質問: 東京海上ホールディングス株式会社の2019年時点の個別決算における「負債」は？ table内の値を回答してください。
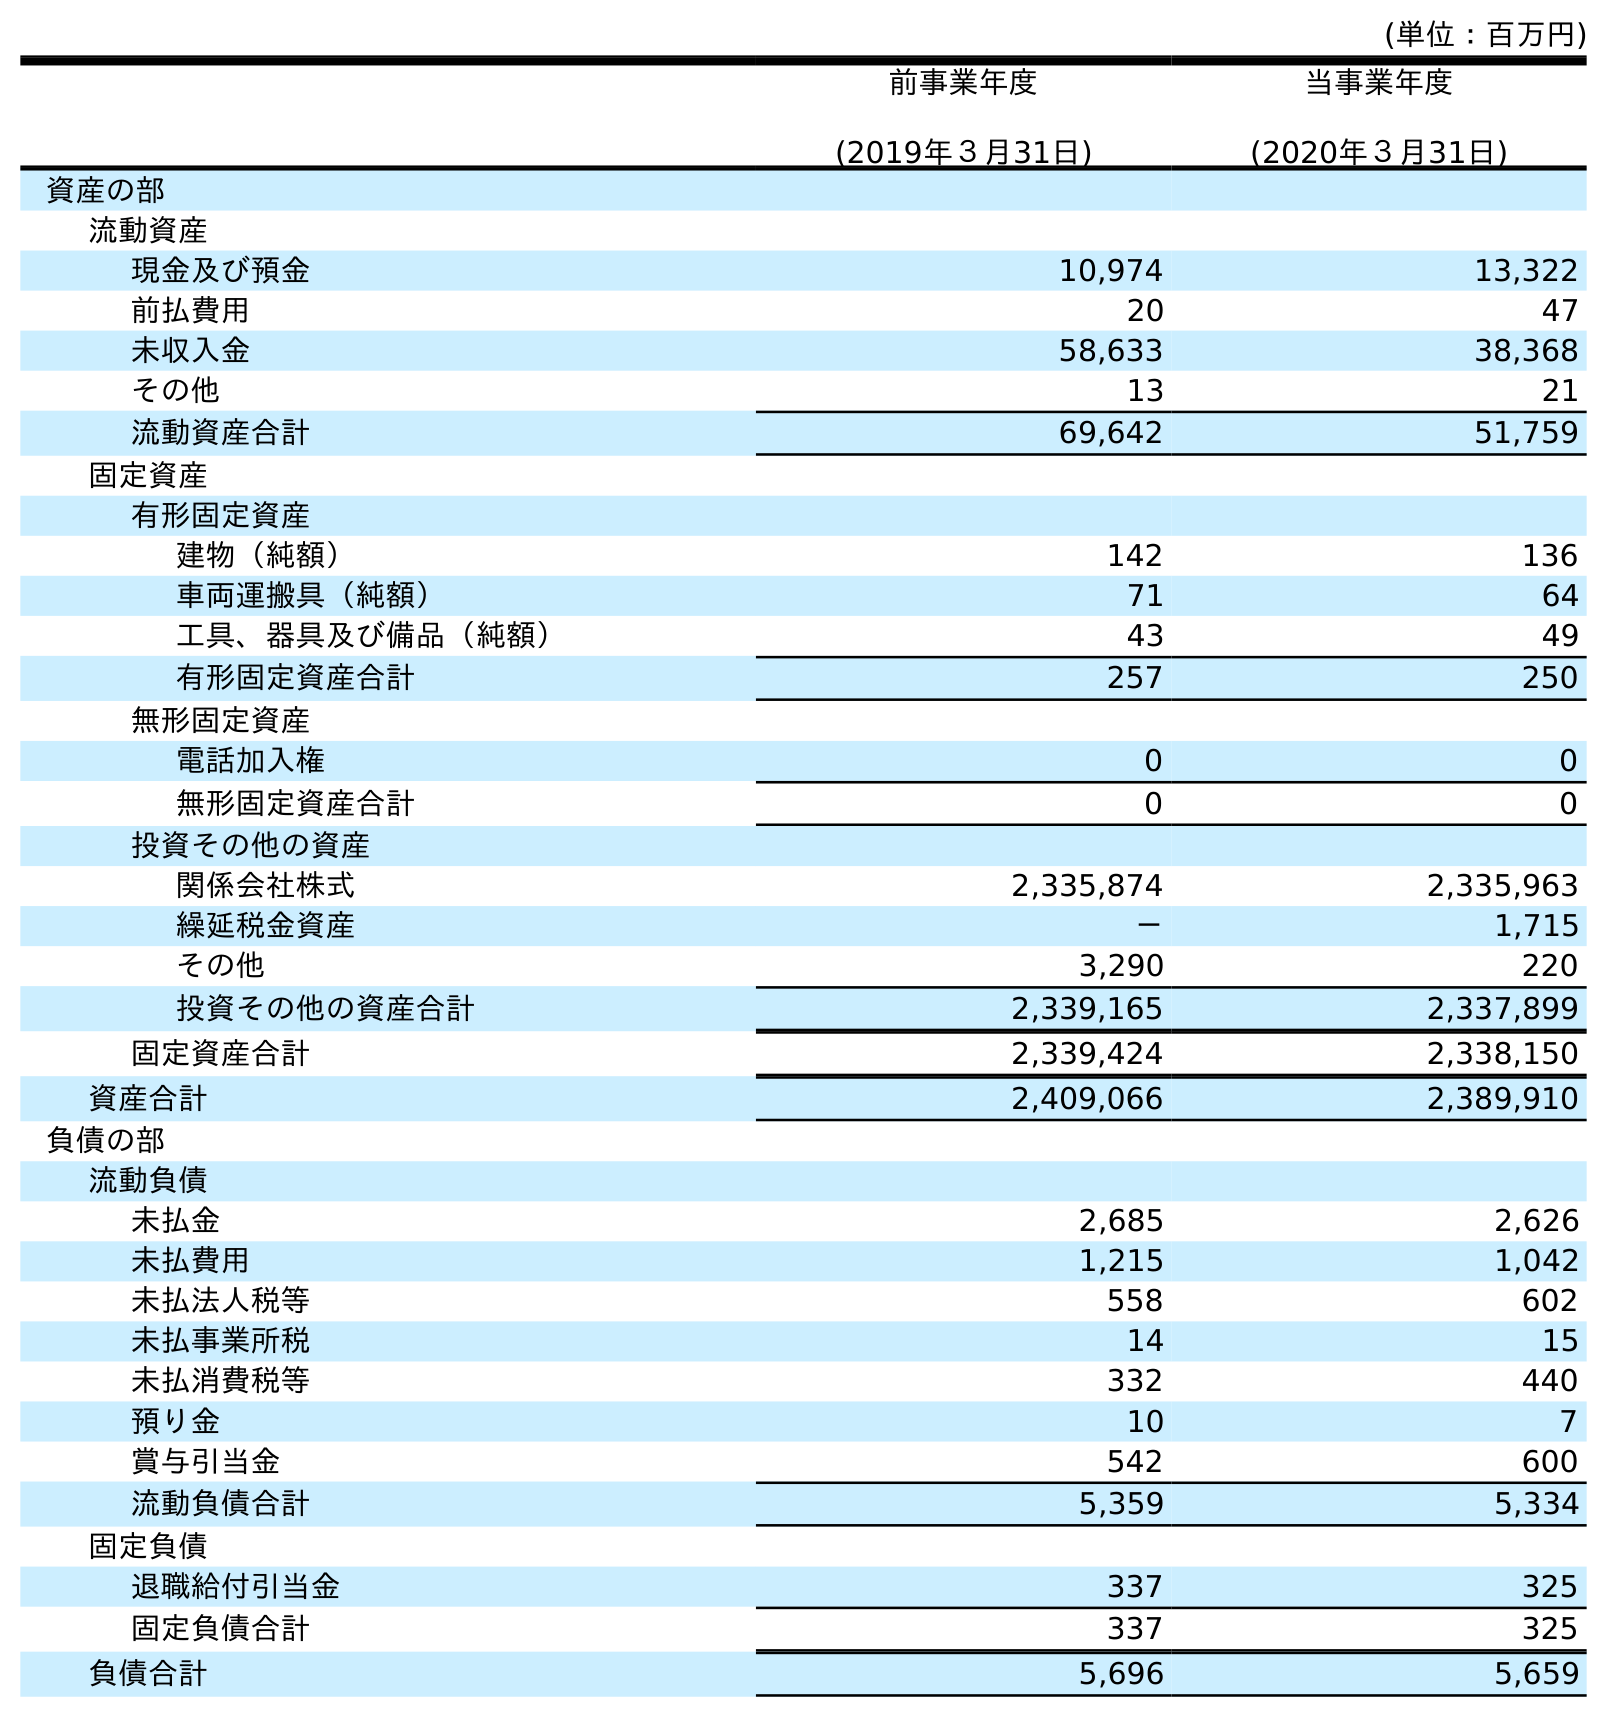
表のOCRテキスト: (単位：百万円) 前事業年度 (2019年３月31日) 当事業年度 (2020年３月31日) 資産の部 流動資産 現金及び預金 10,974 13,322 前払費用 20 47 未収入金 58,633 38,368 その他 13 21 流動資産合計 69,642 51,759 固定資産 有形固定資産 建物（純額） 142 136 車両運搬具（純額） 71 64 工具、器具及び備品（純額） 43 49 有形固定資産合計 257 250 無形固定資産 電話加入権 0 0 無形固定資産合計 0 0 投資その他の資産 関係会社株式 2,335,874 2,335,963 繰延税金資産 － 1,715 その他 3,290 220 投資その他の資産合計 2,339,165 2,337,899 固定資産合計 2,339,424 2,338,150 資産合計 2,409,066 2,389,910 負債の部 流動負債 未払金 2,685 2,626 未払費用 1,215 1,042 未払法人税等 558 602 未払事業所税 14 15 未払消費税等 332 440 預り金 10 7 賞与引当金 542 600 流動負債合計 5,359 5,334 固定負債 退職給付引当金 337 325 固定負債合計 337 325 負債合計 5,696 5,659
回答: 5,696